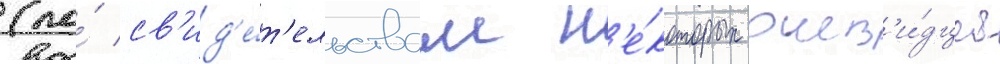
(по́ св'ид'е́т'ельствам н'е́которых очев'и́дцев